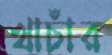
খাচাঁর